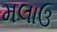
મલાઉ